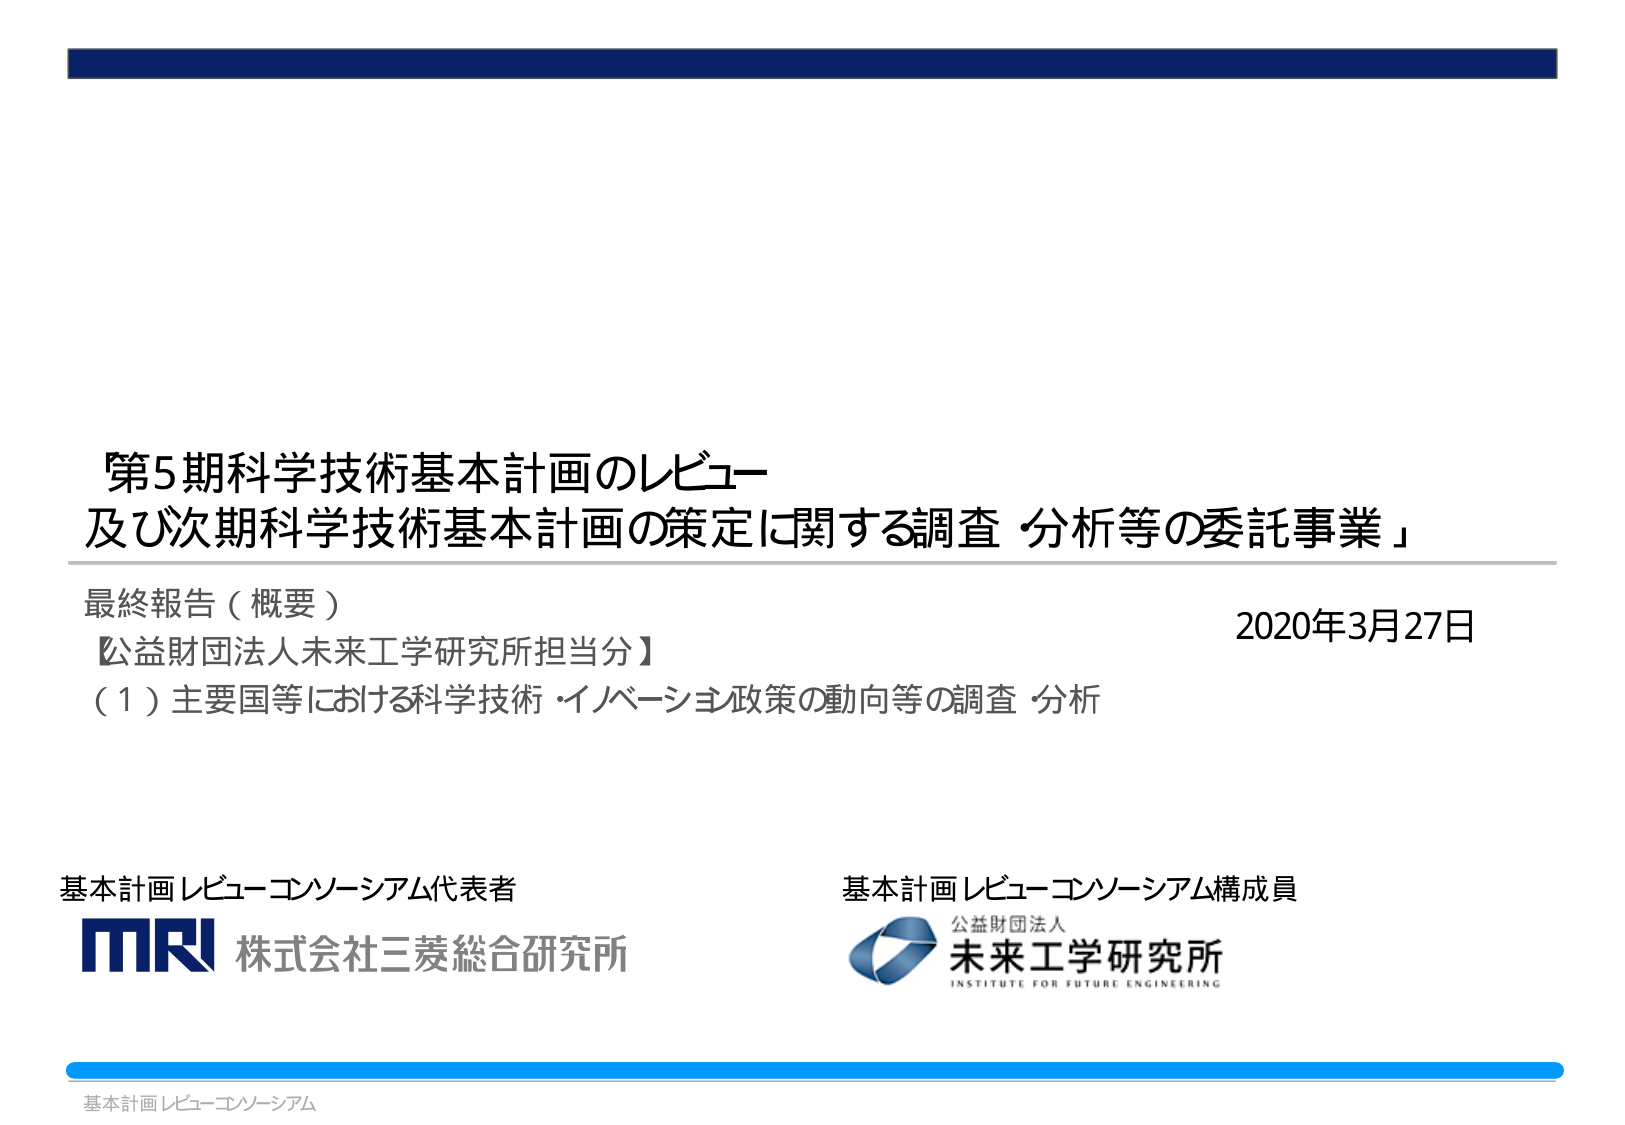
第5期科学技術基本計画のレビュー
及び次期科学技術基本計画の策定に関する調査・分析等の委託事業」

最終報告（概要）
【公益財団法人未来工学研究所担当分】
（1）主要国等における科学技術・イノベーション政策の動向等の調査・分析

2020年3月27日

基本計画レビュー・コンソーシアム代表者
MRI 株式会社三菱総合研究所

基本計画レビュー・コンソーシアム構成員
公益財団法人
未来工学研究所
INSTITUTE FOR FUTURE ENGINEERING

基本計画レビュー・コンソーシアム